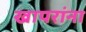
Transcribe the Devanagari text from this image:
खापरांना